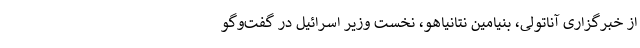
از خبرگزاری آناتولی، بنیامین نتانیاهو، نخست وزیر اسرائیل در گفت‌وگو